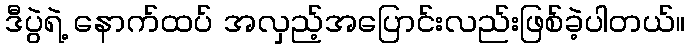
ဒီပွဲရဲ့ နောက်ထပ် အလှည့်အပြောင်းလည်းဖြစ်ခဲ့ပါတယ်။